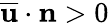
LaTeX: \mathbf{\overline{{u}}}\cdot\mathbf{n}>0